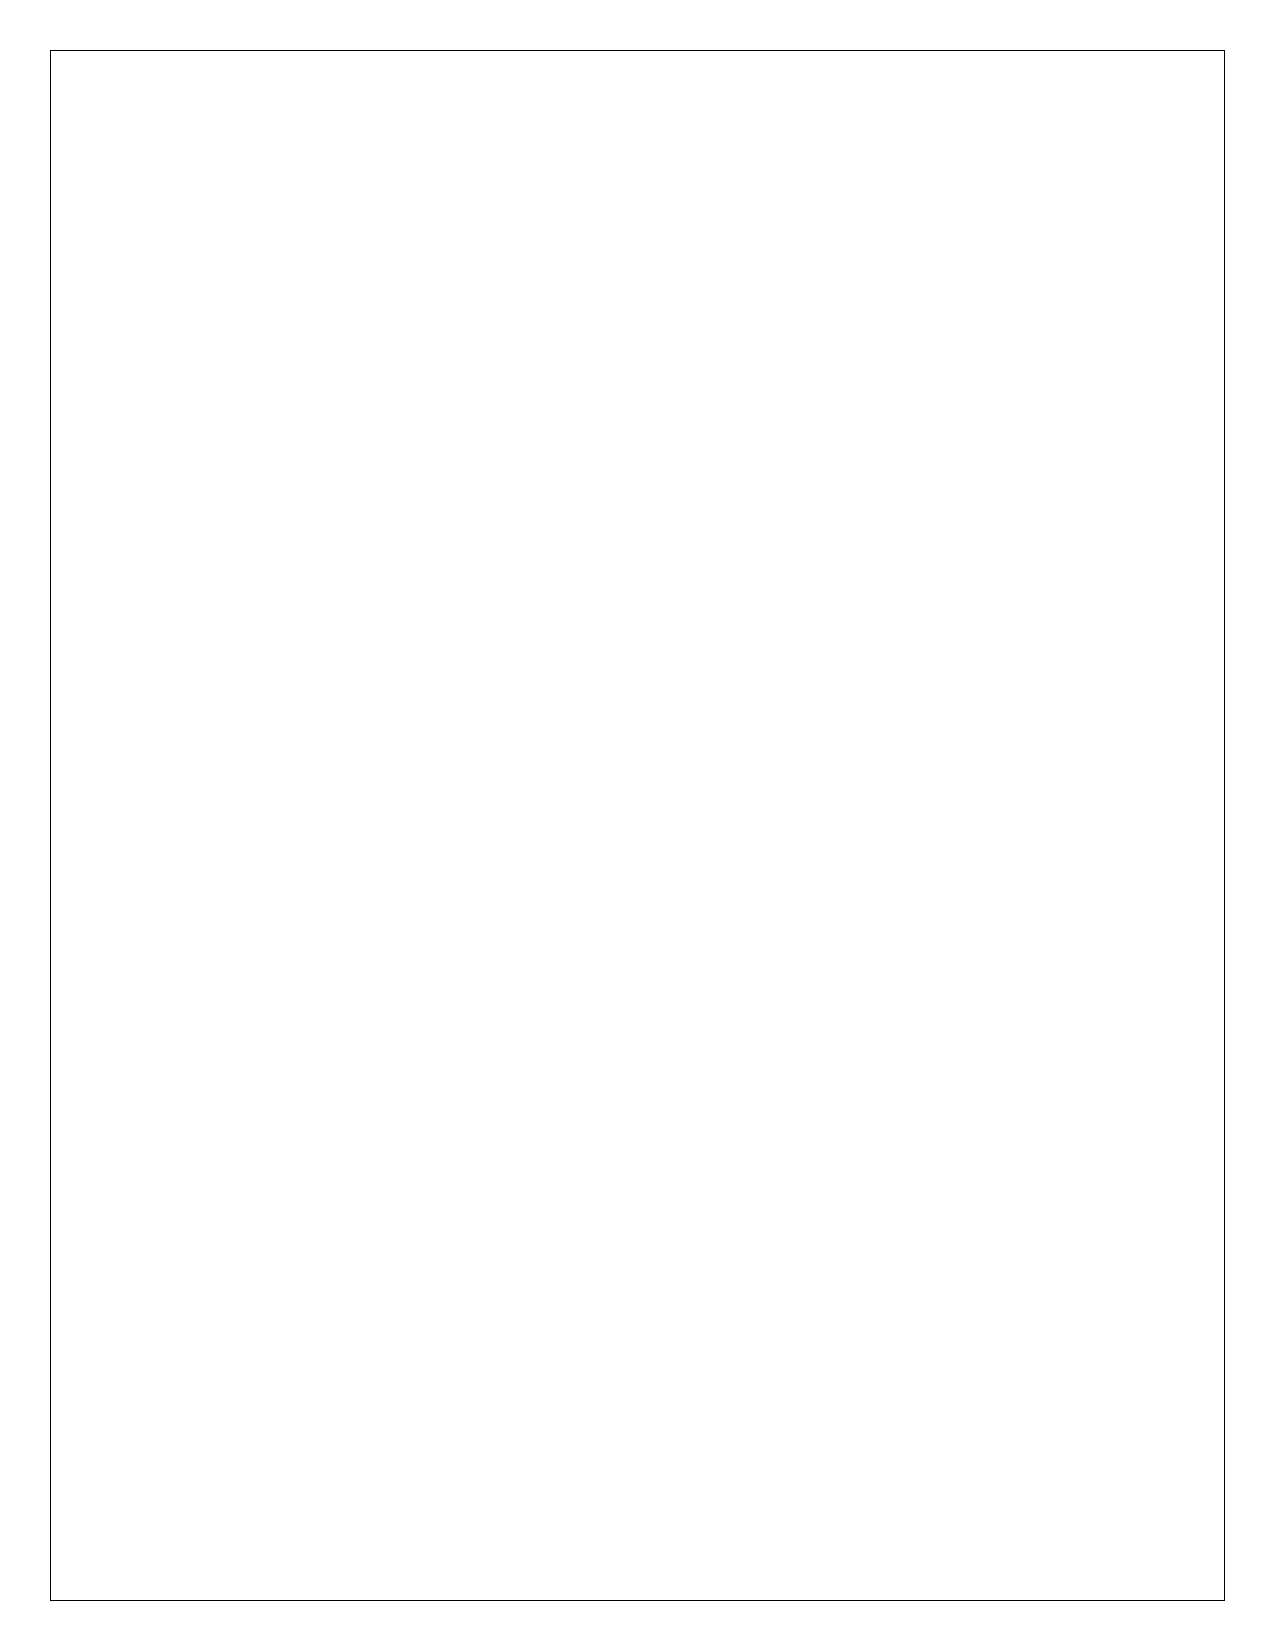
Historic National Road: An All American Road                   27